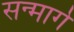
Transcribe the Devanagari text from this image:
सन्मार्गे